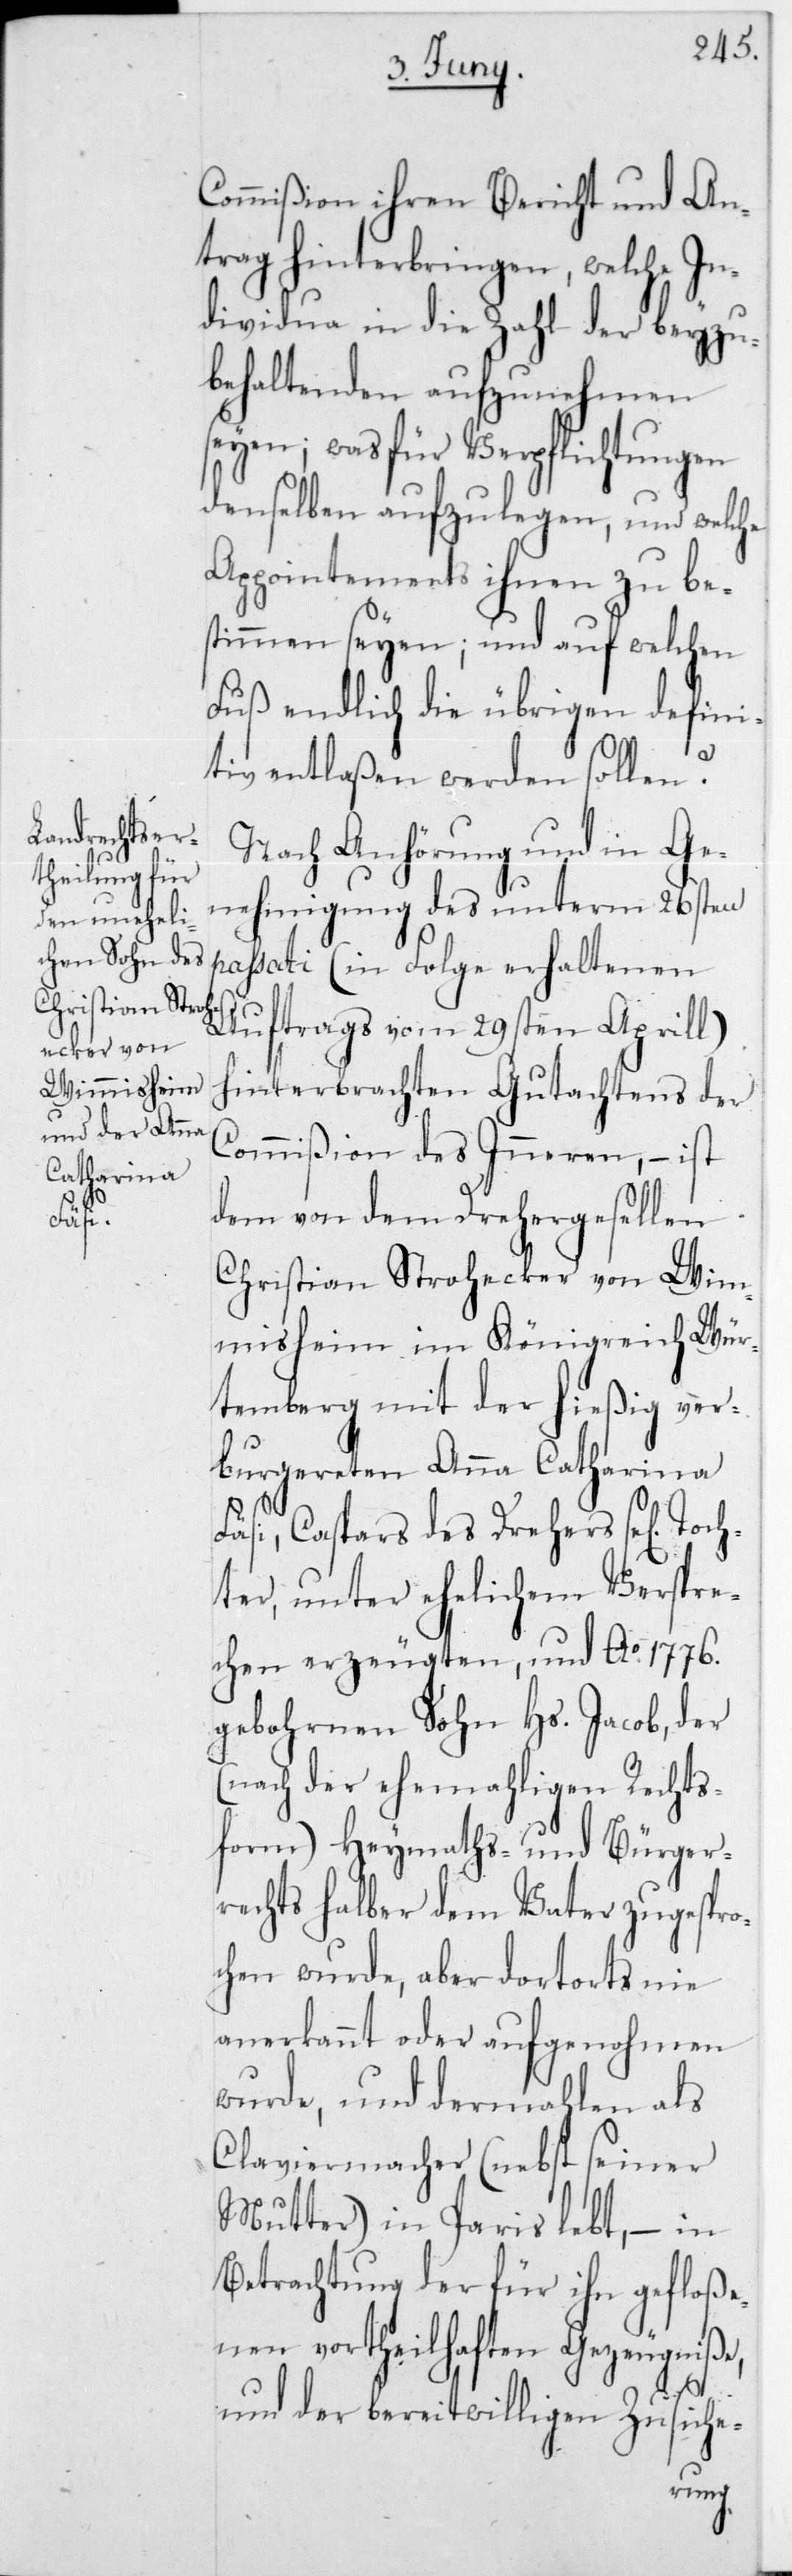
lige¬

Commißion ihren Bericht und An¬
trag hinterbringen, welche In¬
dividua in die Zahl der beyzu¬
behaltenden aufzunehmen
seyen; was für Verpflichtungen
denselben aufzulegen und welche
Appointements ihnen zu be¬
stimmen seyen; und auf welchen
Fuß endlich die übrigen defini¬
tiv entlaßen werden sollen?
Nach Anhörung und in Ge¬
nehmigung des unterm 26sten
passati (in Folge erhaltenen
Auftrags vom 29sten Aprill)
hinterbrachten Gutachtens der
Commißion des Inneren, – ist
dem von dem Drehergesellen
Christian Strohecker von Wim¬
misheim im Königreich Wür¬
temberg, mit der hießig ver¬
burgereten Anna Catharina
Fäsi, Caspars des Drehers sel. Toch¬
ter, unter ehelichem Verspre¬
chen erzeugten, und Ao 1776
gebohrnen Sohn Hs. Jacob, der
(nach der ehemaligen Rechts¬
form) Heymaths- und Bürger¬
rechts halber dem Vater zugespro¬
chen wurde, aber dortorts nie
anerkannt oder aufgenohmen
wurde, und dermahlen als
Claviermacher (nebst seiner
Mutter) in Paris lebt, – in
Betrachtung der für ihn gefloße¬
nen vortheilhaften Ge¬
gniße,
und der bereitwil¬
n Zusiche-